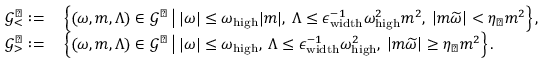
\begin{array} { r l } { \mathcal { G } _ { < } ^ { \flat } : = } & { \: \left\{ ( \omega , m , \Lambda ) \in \mathcal { G } ^ { \flat } \, \big | \, | \omega | \leq \omega _ { \mathrm { h i g h } } | m | , \: \Lambda \leq \epsilon _ { \mathrm { w i d t h } } ^ { - 1 } \omega _ { \mathrm { h i g h } } ^ { 2 } m ^ { 2 } , \: \left| m \widetilde { \omega } \right| < \eta _ { \flat } m ^ { 2 } \right\} , } \\ { \mathcal { G } _ { > } ^ { \flat } : = } & { \: \left\{ ( \omega , m , \Lambda ) \in \mathcal { G } ^ { \flat } \, \big | \, | \omega | \leq \omega _ { \mathrm { h i g h } } , \: \Lambda \leq \epsilon _ { \mathrm { w i d t h } } ^ { - 1 } \omega _ { \mathrm { h i g h } } ^ { 2 } , \: \left| m \widetilde { \omega } \right| \geq \eta _ { \flat } m ^ { 2 } \right\} . } \end{array}